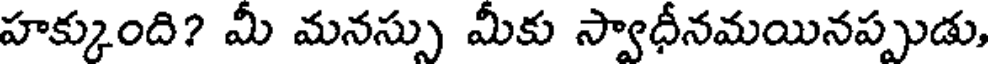
హక్కుంది? మీ మనస్సు మీకు స్వాధీనమయినప్పుడు,